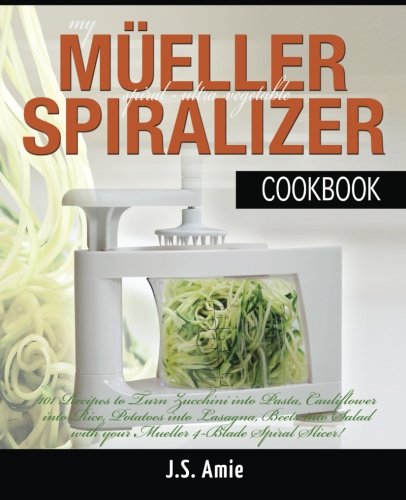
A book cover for My Mueller Spiral-Ultra Vegetable Spiralizer Cookbook: 101 Recipes to Turn Zucchini into Pasta, Cauliflower into Rice, Potatoes into Lasagna, Beets ... (Vegetable Spiralizer Cookbooks) (Volume 4); J.S. Amie; Cookbooks, Food & Wine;